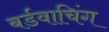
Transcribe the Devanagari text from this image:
बर्डवाचिंग